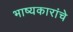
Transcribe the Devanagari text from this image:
भाष्यकारांचे